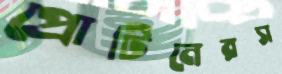
প্রোটিনেরস